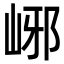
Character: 峫